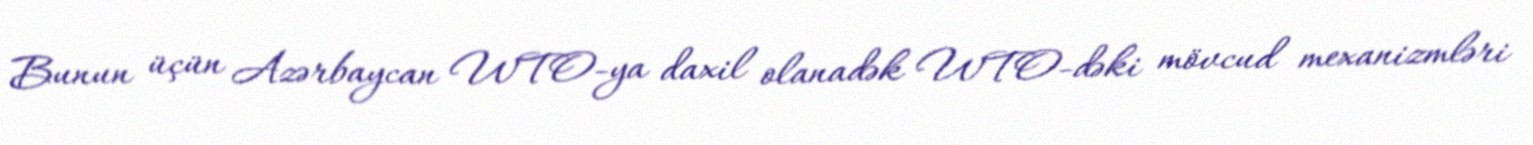
Bunun üçün Azərbaycan WTO-ya daxil olanadək WTO-dəki mövcud mexanizmləri